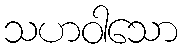
သဟဝါသော